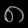
Digit: ၈